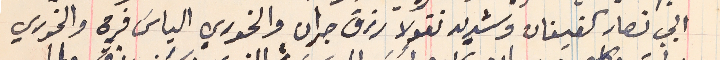
ابي نصار كفيفان وشديد نقولا رزق جران والخوري الياسَ فرح والخوري